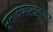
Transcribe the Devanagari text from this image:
समाजव्यवस्थेकडून